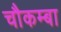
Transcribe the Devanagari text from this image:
चौकम्‍बा